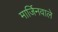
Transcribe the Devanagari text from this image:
मार्जिनवाले